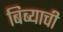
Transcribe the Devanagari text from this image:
बिब्याची